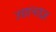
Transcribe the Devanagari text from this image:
उद्यानतज्ञ